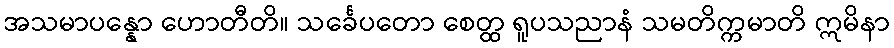
အသမာပန္နော ဟောတီတိ။ သင်္ခေပတော စေတ္ထ ရူပသညာနံ သမတိက္ကမာတိ ဣမိနာ